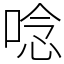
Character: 唸